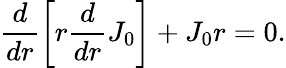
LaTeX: \frac{d}{dr}\bigg[r\frac{d}{dr}J_{0}\bigg]+J_{0}r=0.